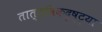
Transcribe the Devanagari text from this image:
तात्त्विकदृष्ट्या